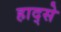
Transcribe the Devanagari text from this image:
हाद्से